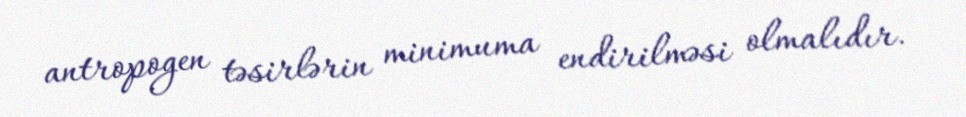
antropogen təsirlərin minimuma endirilməsi olmalıdır.